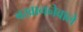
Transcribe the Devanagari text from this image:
बखाननेवाले